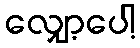
လျှော့ပေါ့